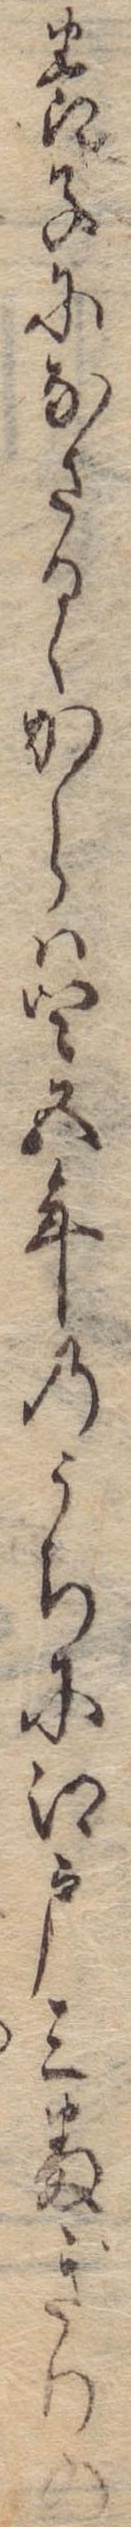
養子になさるゝからは四五年のうちに江戸三番ぎりの